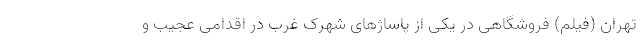
تهران (فیلم) فروشگاهی در یکی از پاساژهای شهرک غرب در اقدامی عجیب و